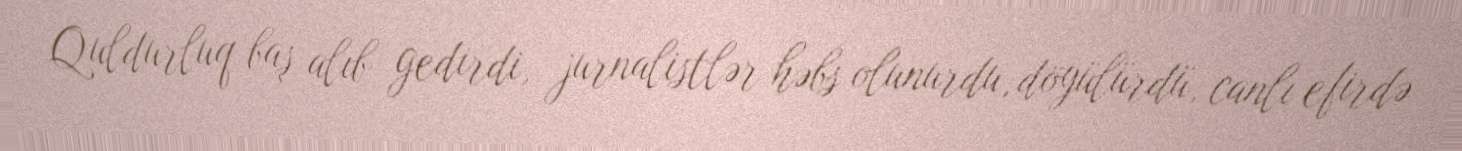
Quldurluq baş alıb gedirdi, jurnalistlər həbs olunurdu, döyülürdü, canlı efirdə